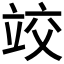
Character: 𰩤